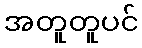
အတူတူပင်